Report of the Hyderabad Chloroform Commission
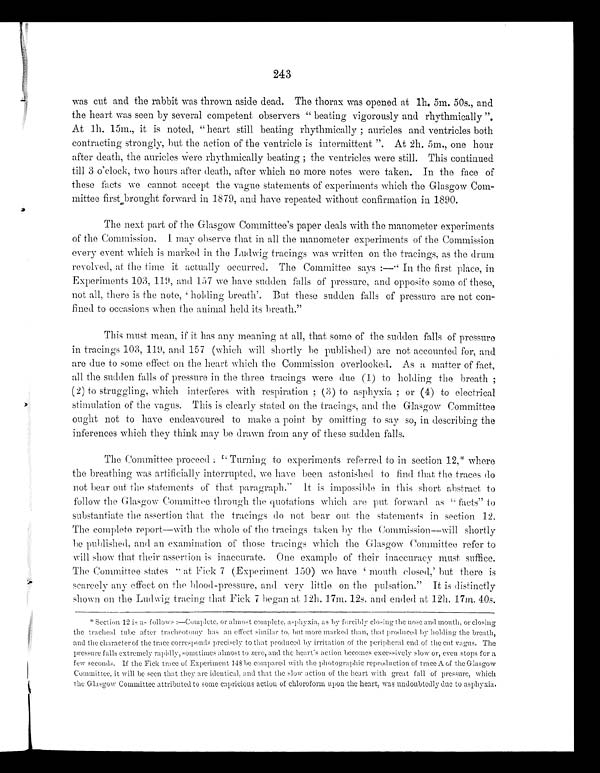
243
was cut and the rabbit was thrown aside dead. The thorax was opened at 1h. 5m. 50s., and
the heart was seen by several competent observers "beating vigorously and rhythmically".
At 1h. 15m., it is noted, "heart still beating rhythmically; auricles and ventricles both
contracting strongly, but the action of the ventricle is intermittent". At 2h. 5m., one hour
after death, the auricles were rhythmically beating; the ventricles were still. This continued
till 3 o'clock, two hours after death, after which no more notes were taken. In the face of
these facts we cannot accept the vague statements of experiments which the Glasgow Com-
mittee first brought forward in 1879, and have repeated without confirmation in 1890.
The next part of the Glasgow Committee's paper deals with the manometer experiments
of the Commission. I may observe that in all the manometer experiments of the Commission
every event which is marked in the Ludwig tracings was written on the tracings, as the drum
revolved, at the time it actually occurred. The Committee says:—"In the first place, in
Experiments 103, 119, and 157 we have sudden falls of pressure, and opposite some of these,
not all, there is the note, 'holding breath'. But these sudden falls of pressure are not con-
fined to occasions when the animal held its breath."
This must mean, if it has any meaning at all, that some of the sudden falls of pressure
in tracings 103, 119, and 157 (which will shortly be published) are not accounted for, and
are due to some effect on the heart which the Commission overlooked. As a matter of fact,
all the sudden falls of pressure in the three tracings were due (1) to holding the breath;
(2) to struggling, which interferes with respiration; (3) to asphyxia; or (4) to electrical
stimulation of the vagus. This is clearly stated on the tracings, and the Glasgow Committee
ought not to have endeavoured to make a point by omitting to say so, in describing the
inferences which they think may be drawn from any of these sudden falls.
The Committee proceed: "Turning to experiments referred to in section
12,* where the breathing was artificially interrupted, we have been astonished to find that the traces do
not bear out the statements of that paragraph." It is impossible in this short abstract to
follow the Glasgow Committee through the quotations which are put forward as "facts" to
substantiate the assertion that the tracings do not bear out the statements in section 12.
The complete report—with the whole of the tracings taken by the Commission—will shortly
be published, and an examination of those tracings which the Glasgow Committee refer to
will show that their assertion is inaccurate. One example of their inaccuracy must suffice.
The Committee states "at Fick 7 (Experiment 150) we have 'mouth closed,' but there is
scarcely any effect on the blood-pressure, and very little on the pulsation." It is distinctly
shown on the Ludwig tracing that Fick 7 began at 12h. 17m. 12s. and ended at 12h. 17m. 40s.
* Sect i on 12 i s as f ol l ows : —Compl et e, or al mos t compl et e, as phyxi a, as by f or ci bl y cl os i ng t he nos e and mont h, or cl os i ng
the tracheal tube after tracheotomy has an effect similar to, but more marked than, that produced by holding the breath,
and the character of the trace corresponds precisely to that produced by irritation of the peripheral end of the cut vagus. The
pressure falls extremely rapidly, sometimes almost to zero, and the heart's action becomes excessively slow or, even stops for a
few seconds. If the Fick trace of Experiment 148 be compared with the photographic reproduction of trace A of the Glasgow
Committee, it will be seen that they are identical, and that the slow action of the heart with great fall of pressure, which
the Glasgow Committee attributed to some capricious action of chloroform upon the heart, was undoubtedly due to asphyxia.